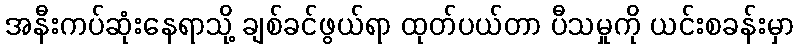
အနီးကပ်ဆုံးနေရာသို့ ချစ်ခင်ဖွယ်ရာ ထုတ်ပယ်တာ ပီသမှုကို ယင်းစခန်းမှာ